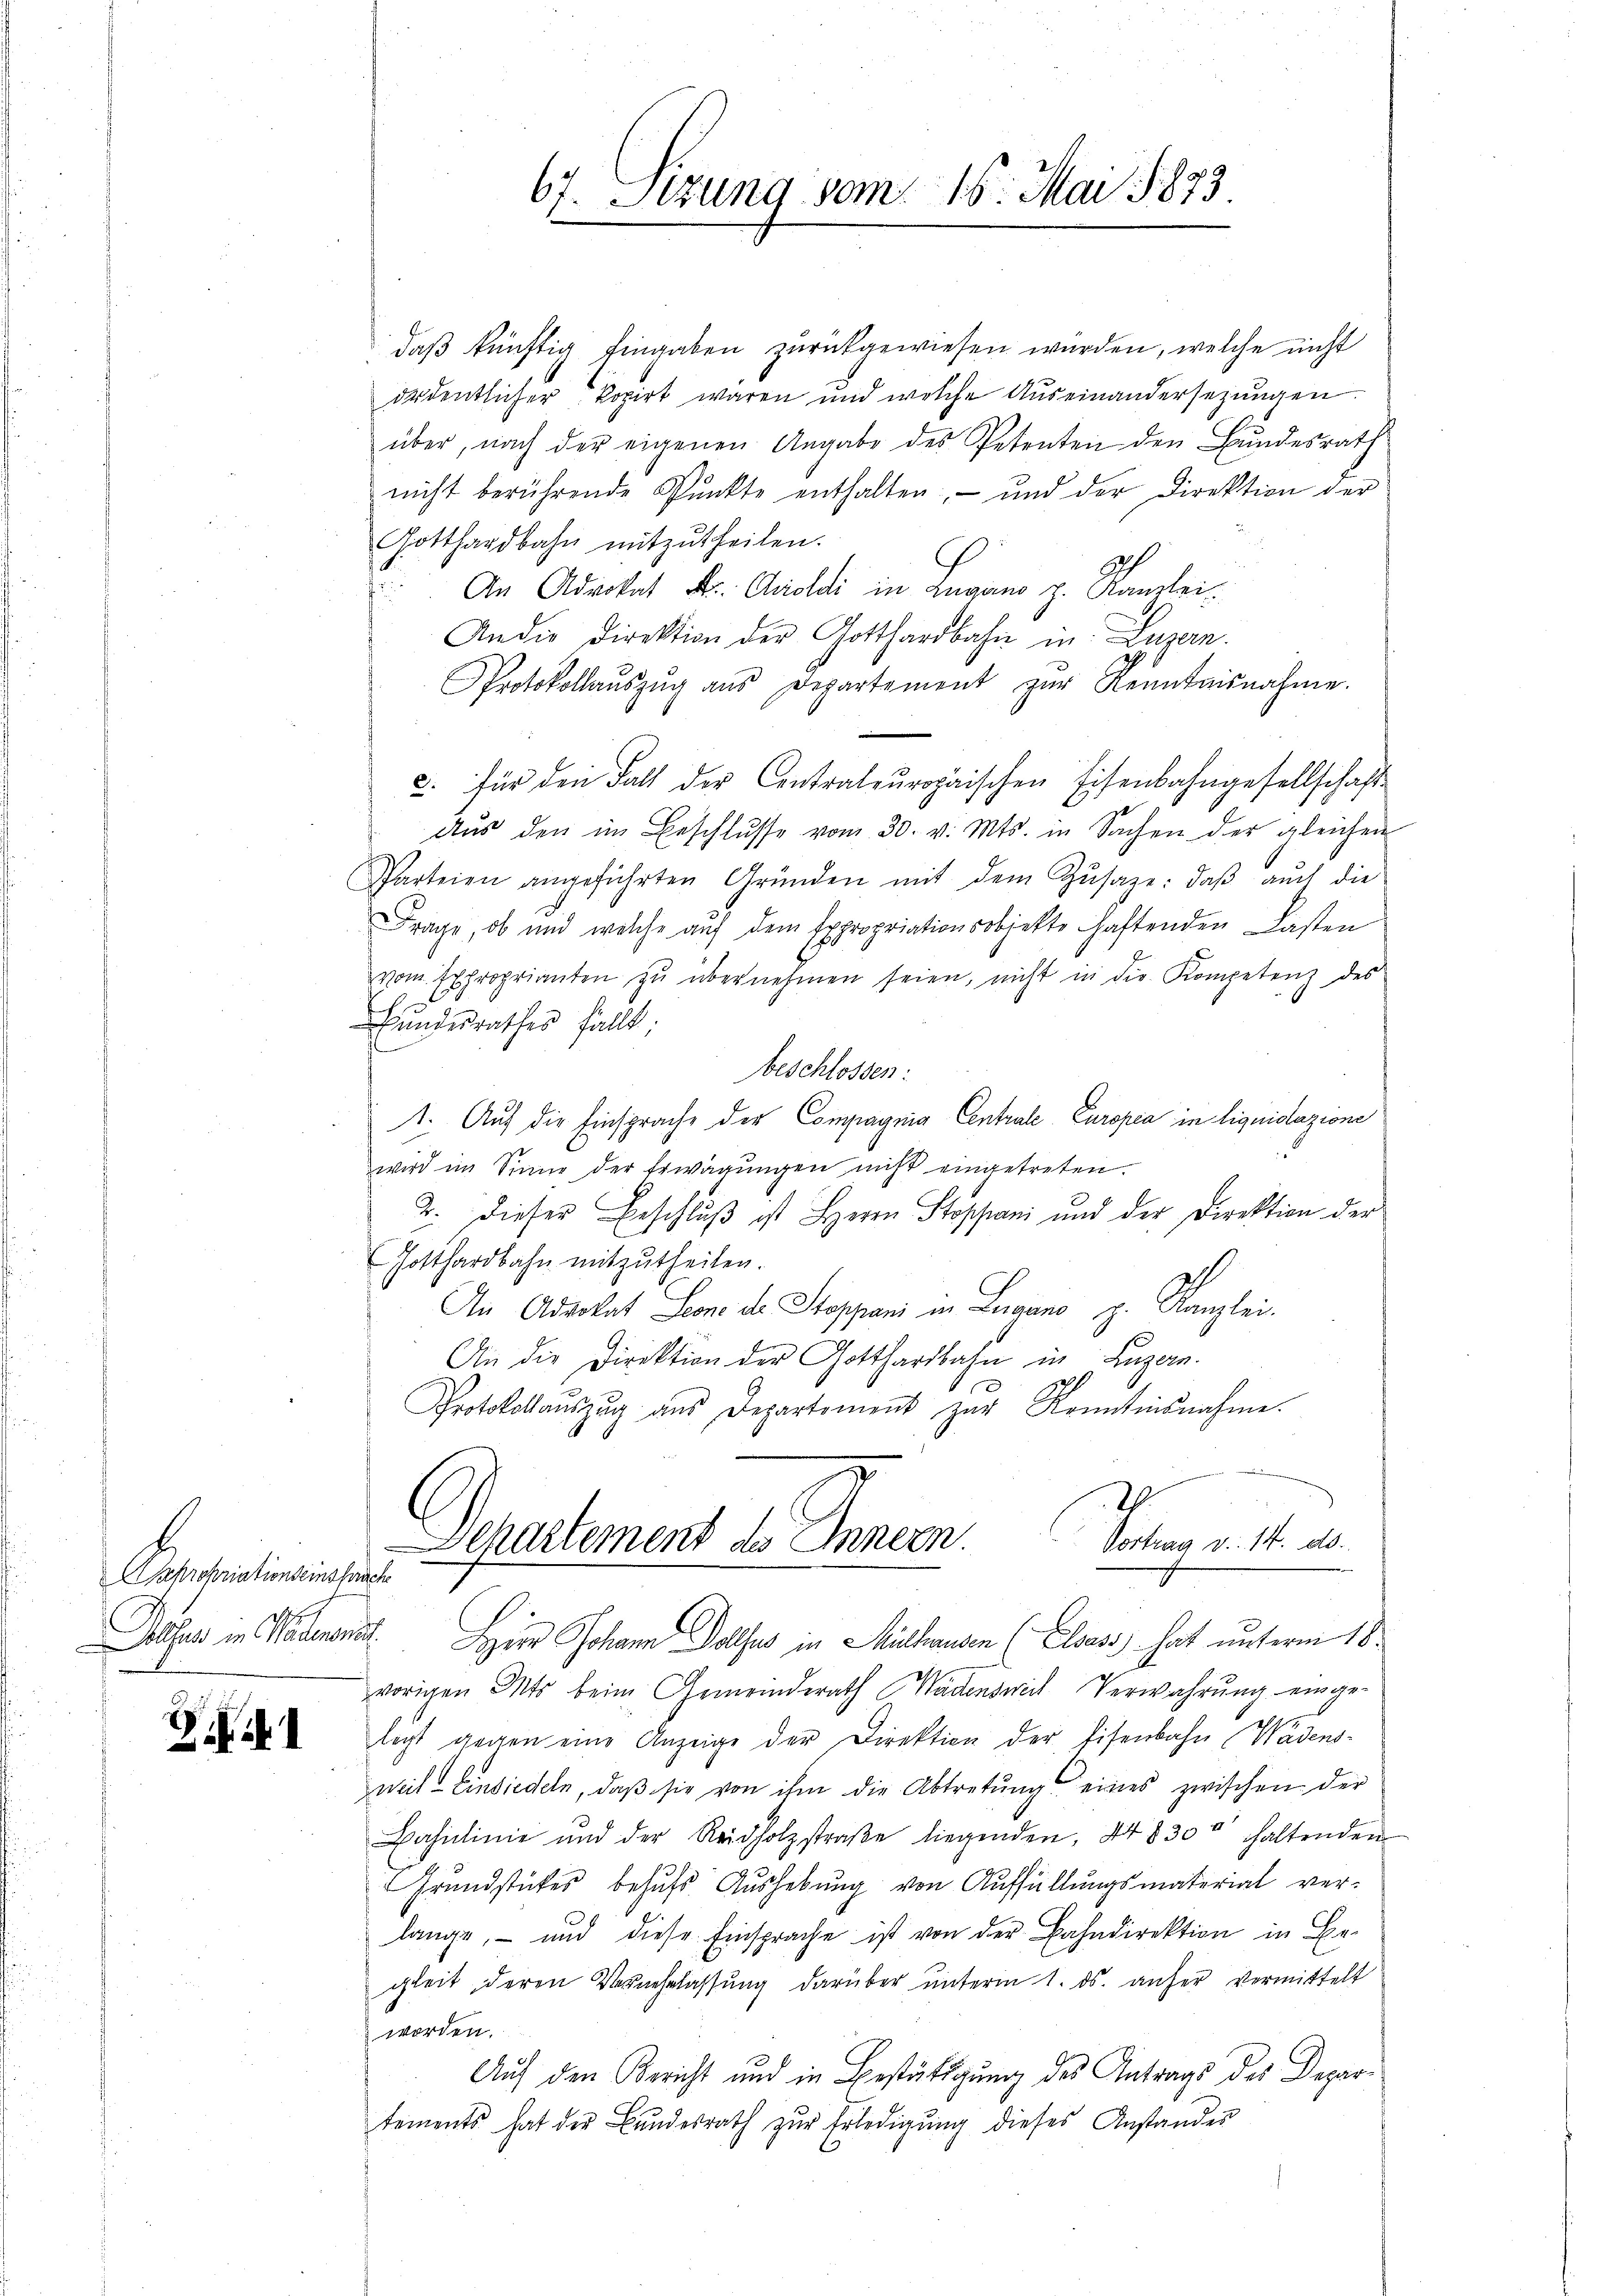
Aapropriationseinspruch

Zi

67. Sizung vom 16. Mai 1873.

daß künftig Eingaben zurückgewiesen würden, welche nicht
ordentlicher kopirt waren und welche Auseinandersezungen.
über, nach der eigenen Angabe des Petenten den Bundesrath
nicht berührende Pŭnkte enthalten, und der Direktion der
Gotthardbahn mitzŭtheilen.
An Advokat Dr. Aroldi in Lugano p. Kanzlei-
An die Direktion der Gotthardbahn in Luzern.
Protokollaŭszŭg aŭs Departement zur Kenntnisnahme.
c. für den Fall der Centrateŭropaischen Eisenbahngesellschaft
Aŭs den in Erschlŭsse vom 30. v. Mts. in Sachen der gleichen
Parteien angeführten Gründen mit dem Zŭsaze: daβ aŭch die
Frage, ob und welche auf dem Expropriationsobjekte haftenden Lasten
vom Exproprianten zŭ übernehmen seien, nicht in die Kompetenz des
Bundesrathes fällt;
Beschlossen:
1. Aŭf die Einsprache der Compagnia Centrale Europea in liquidazione
wird im Sinne der Erwägŭngen nicht eingetreten.
2. Dieser Beschlŭβ ist Herrn Stoppani und der Direktion der
Jotthardbahn mitzutheilen.
An Advokat Seone de Stoppani in Lugano p. Kanzlei.
An die Direktion der Gotthardbahn in Luzern.
Protokolaŭszŭg aŭs Departement zur Kenntnisnahme.
2
Vortrag v. 14. ds.
Departement des Innern.
Dusur in Heumonat Herr Johann Polhus in Mithausen (Elusi hat unterm 18.
vorigen Mts. beim Gemeinderath Wädenswil Verwahrŭng einge-
1
legt gegen eine Anzeige der Direktion der Eisenbahn (Wadens-
weil Einsiedeln, daß sie von ihm die Abtretung eines zwischen der
Bahnlinie und der Reidholzstraβe liegenden, 44830r haltenden
Grundstutes behufs Aushebung von Auffüllungsmaterial verlange, und diese Einsprache ist von der Bahndirektion in Be-
gleit deren Vernehmlassung darüber unterm 1. ds. anher vermittelt
worden.
Auf den Bericht und in Bestätigung des Antrags des Departements hat der Bŭndesrath zŭr Erledigŭng dieses Anstandes